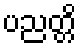
ပညတ္တိ